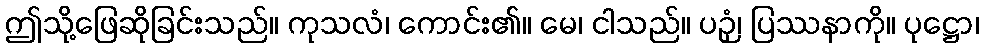
ဤသို့ဖြေဆိုခြင်းသည်။ ကုသလံ၊ ကောင်း၏။ မေ၊ ငါသည်။ ပဉှံ၊ ပြဿနာကို။ ပုဋ္ဌော၊